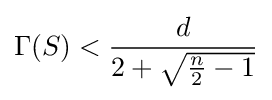
\Gamma (S)<{\frac {d}{2+{\sqrt {{\frac {n}{2}}-1}}}}